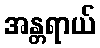
အန္တရာယ်